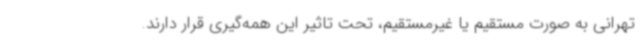
تهرانی به صورت مستقیم یا غیرمستقیم، تحت تاثیر این همه‌گیری قرار دارند.